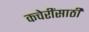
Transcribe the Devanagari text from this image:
कचेरींसाठी